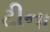
ટીના